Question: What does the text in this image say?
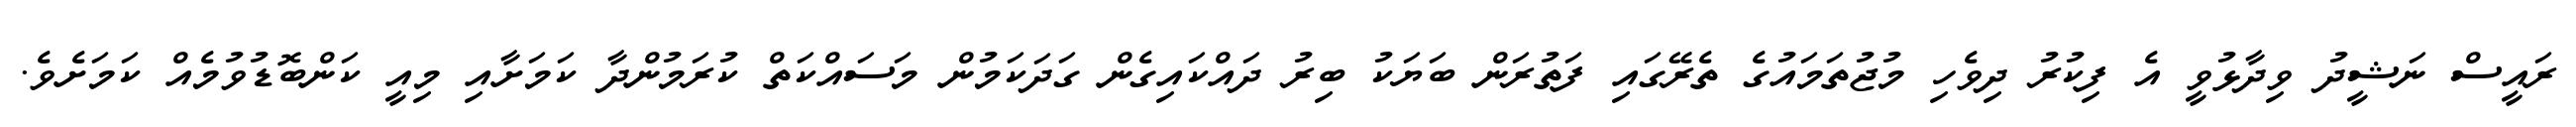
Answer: ރައީސް ނަޝީދު ވިދާޅުވީ އެ ފިކުރު ދިވެހި މުޖުތަމައުގެ ތެރޭގައި ފަތުރަން ބަޔަކު ބިރު ދައްކައިގެން ގަދަކަމުން މަސައްކަތް ކުރަމުންދާ ކަމަށާއި މިއީ ކަންބޮޑުވުމެއް ކަމަށެވެ.